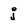
Character: j